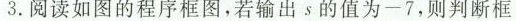
3.阅读如图的程序框图，若输出s的值为-7，则判断框